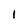
Character: 1